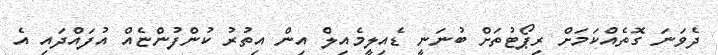
ދެވަނަ ގޮތެއްކަމަށް ރިޕޯޓުތަށް ބުނަނީ ޑެއިލީމެއިލް އިން އިތުރު ކުންފުންޏެއް އުފައްދައި އެ